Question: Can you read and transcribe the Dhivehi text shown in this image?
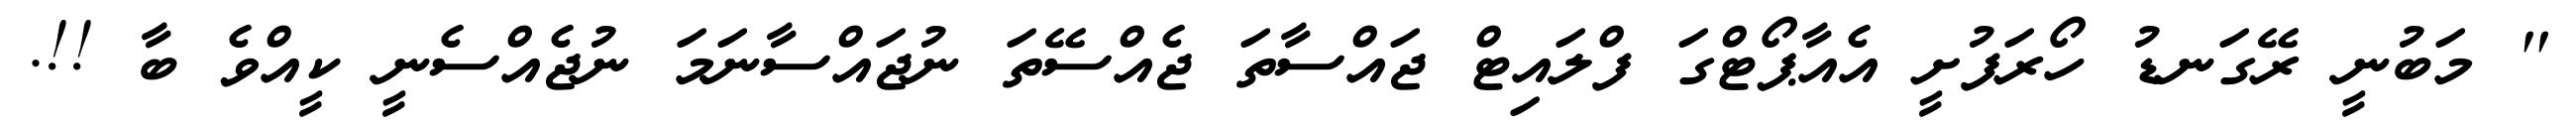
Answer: '' މަބުނީ ރޭގަނޑު ހޯރަފުށީ އެއާޕޯޓްގަ ފްލައިޓް ޖައްސާތަ ޖެއްސޭތަ ނުޖައްސާނަމަ ނުޖެއްސެނީ ކީއްވެ ބާ !!.